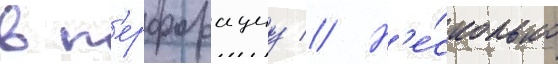
в п'ерфорациу // Н'е́сколько